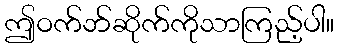
ဤဝက်ဘ်ဆိုက်ကိုသာကြည့်ပါ။